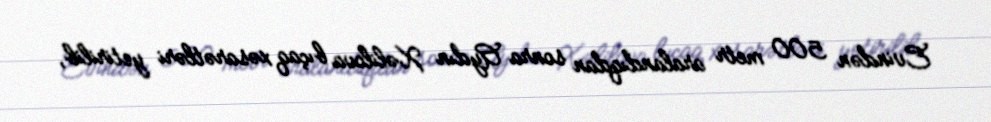
Evindən 500 metr aralandıqdan sonra Aydın Xəlilova bıçaq xəsarətləri yetirilib,